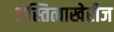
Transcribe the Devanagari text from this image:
अस्तित्वाखेरीज